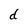
Character: d